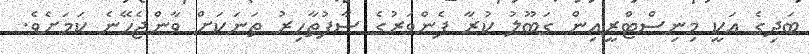
ބަދިގެ އަކީ މިނިސްޓްރީއިން ގަބޫލު ކުރާ ފެންވަރުގެ ސާފުތާހިރު ތަނަކަށް ވާންޖެހޭނެ ކަމަށެވެ.